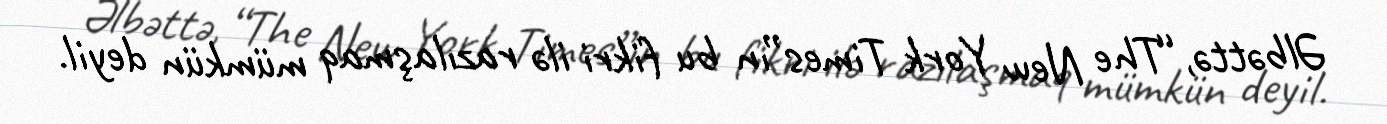
Əlbəttə, “The New York Times”ın bu fikri ilə razılaşmaq mümkün deyil.